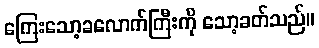
ကြေးသော့ခလောက်ကြီးကို သော့ခတ်သည်။